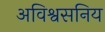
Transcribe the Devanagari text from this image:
अविश्वसनिय